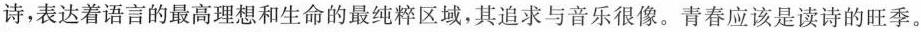
诗，表达着语言的最高理想和生命的最纯粹区域，其追求与音乐很像。青春应该是读诗的旺季。